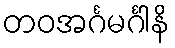
တဝအင်္ဂမင်္ဂါနိ